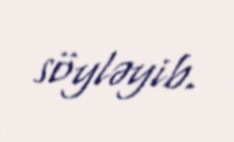
söyləyib.